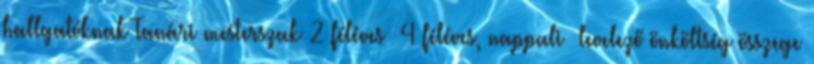
hallgatóknak Tanári mesterszak 2 féléves 4 féléves, nappali levelező önköltség összege